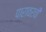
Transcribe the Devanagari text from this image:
पारावरची